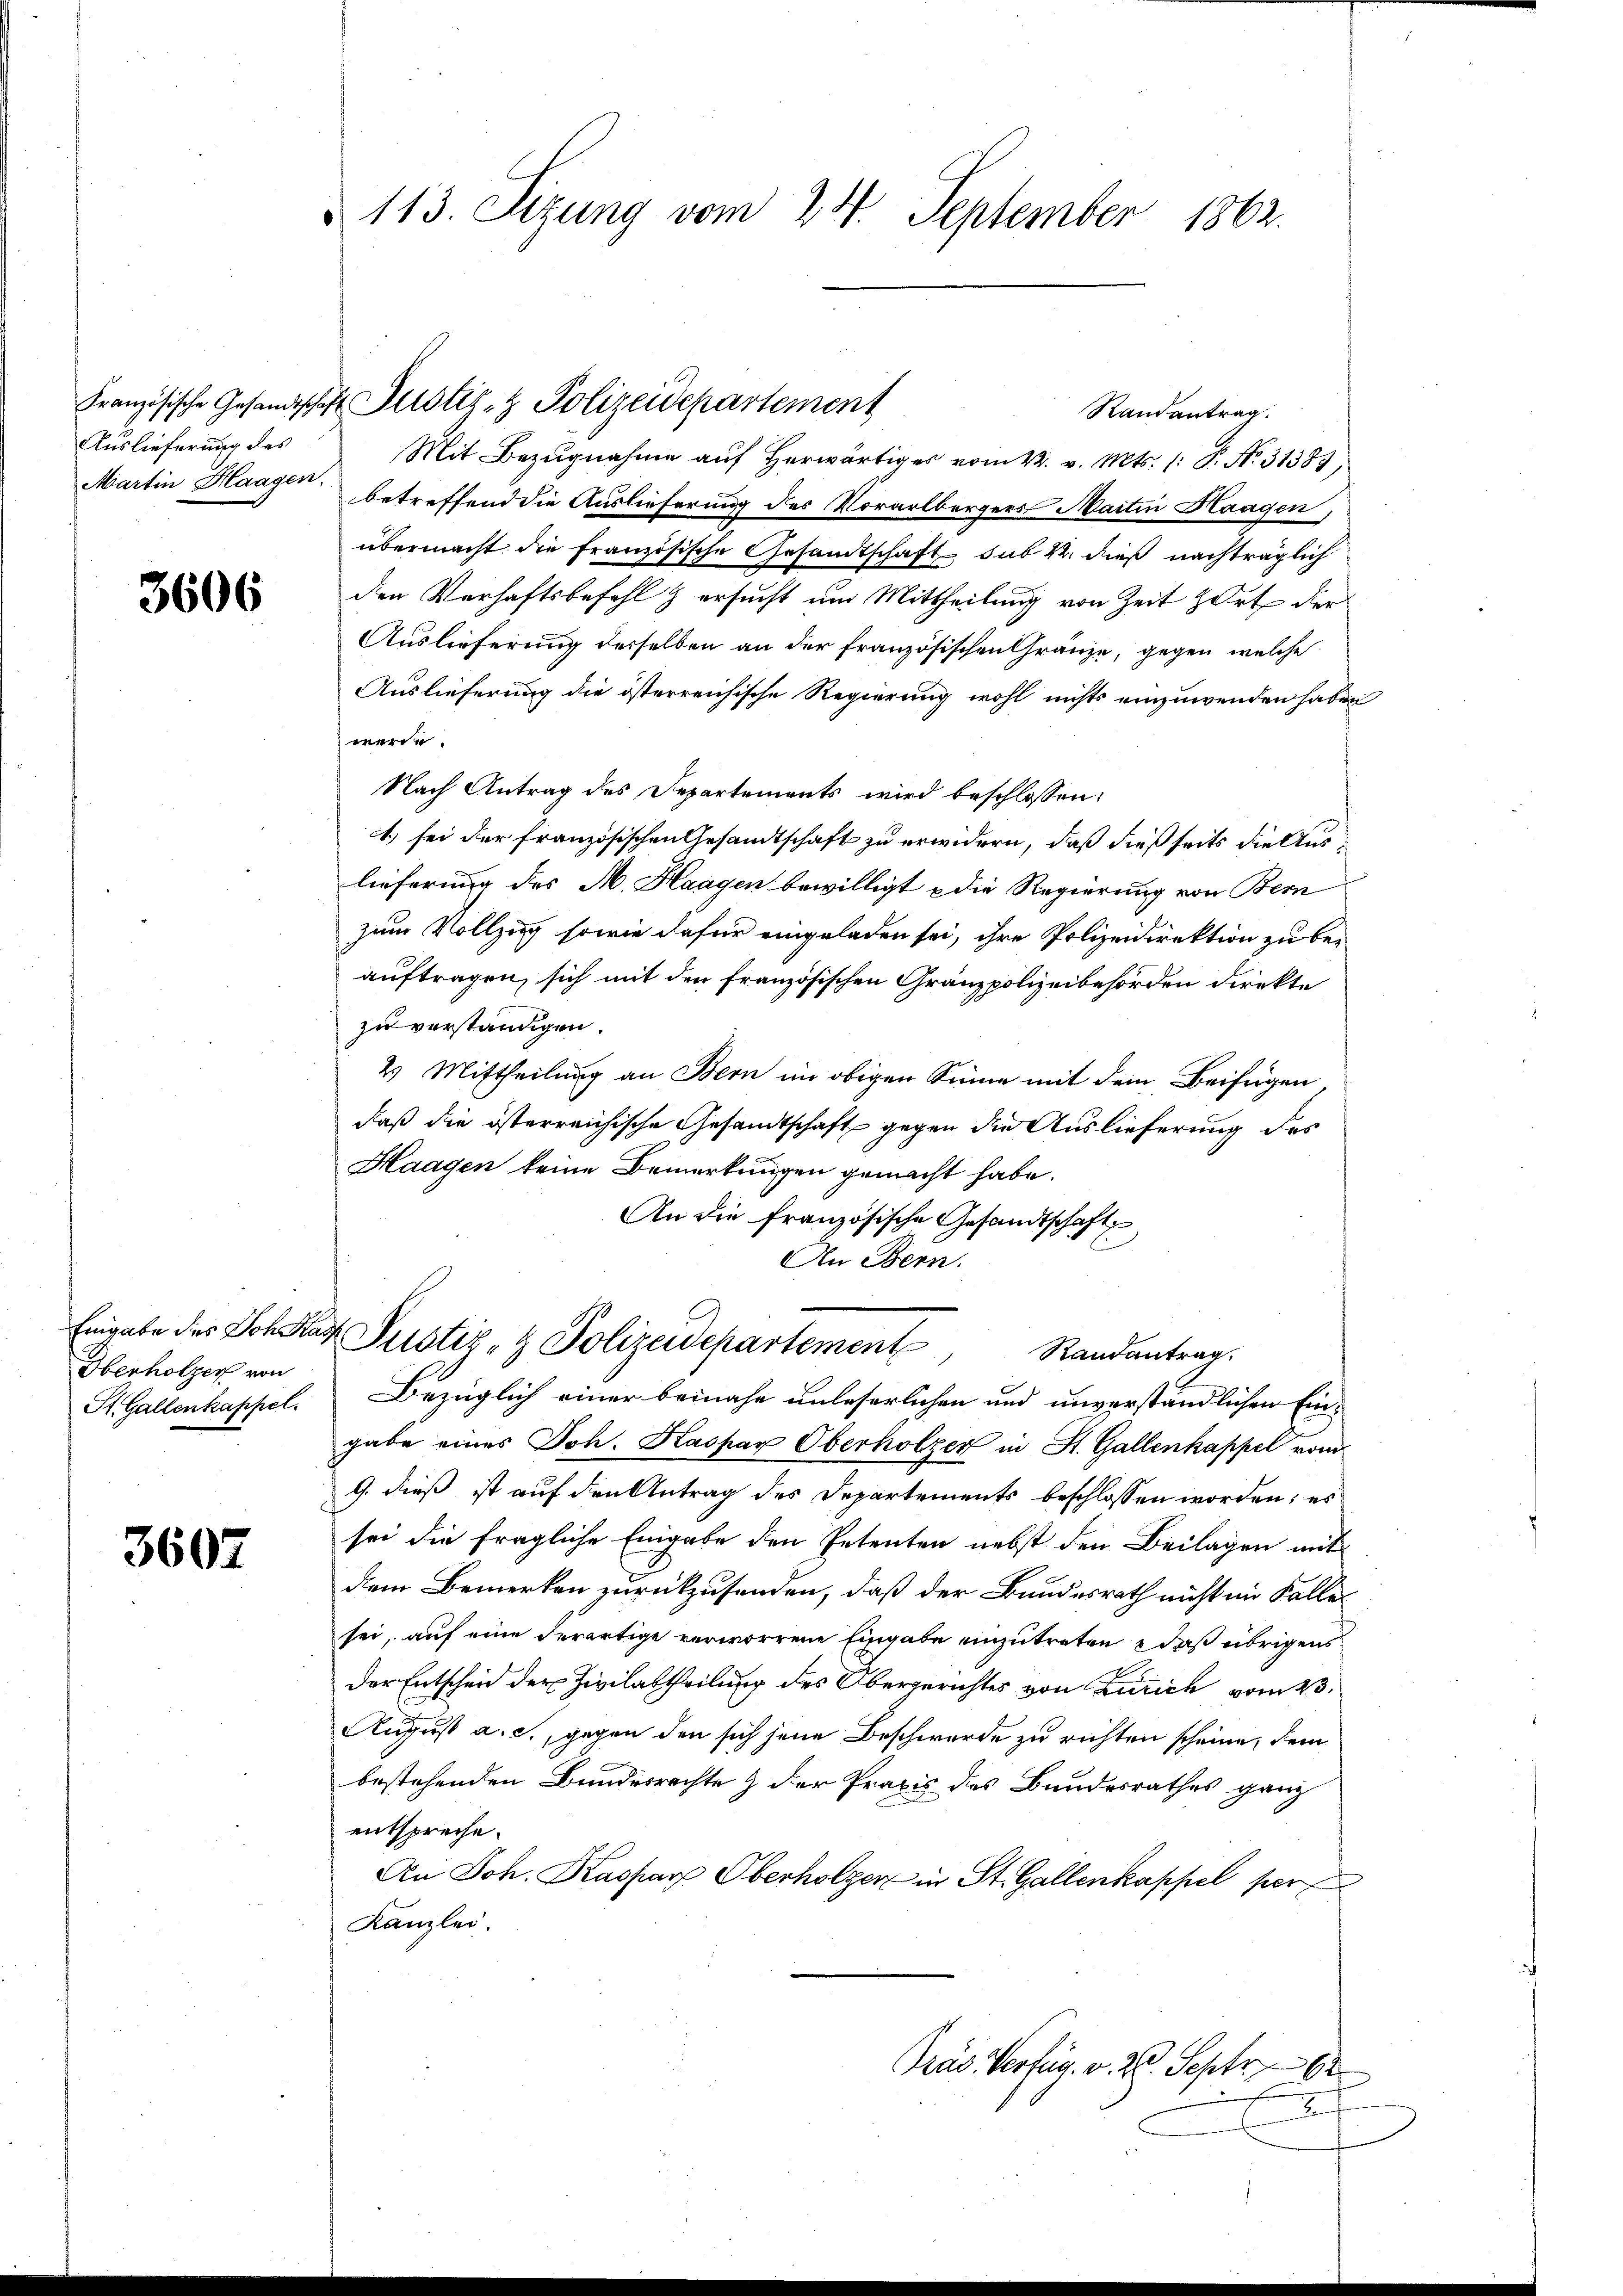
Auslieferung des
Martin Haagen.

3606

Herholzer von
St. Gallenkappel.

3607

113. Sizung vom 24. September 1862.

Mit Bezugnahme aŭf herwärtiges vom 22. v. Mts. (: P. Nr. 31383;
betreffend die Auslieferung des Vorarlbergers Maitin Haagen,
übermacht die französische Gesandtschaft sub 1. dieß nachträglich
den Verhaftsbefehl & ersucht und Mittheilung von Zeit zort der
Auslieferung desselben an der französischen Gränze, gegen welche
Auslieferung die österreichische Regierung wohl nichts einzuwenden haben
werde.
Nach Antrag des Departements wird beschlossen:
1) sei der französischen Gesandtschaft zu erwidern, daß dießseits die Auslieferung des M. Haagen bewilligt & die Regierung von Bern
zum Vollzug sowie dafür eingeladen sei, ihre Polizeidirektion zu beauftragen, sich mit den französischen Granzpolizeibehörden direkte
zu verständigen.
2. Mittheilung an Bern im obigen Sinne mit dem Beifügen
daß die österreichische Gesandtschaft gegen die Auslieferung des
Haagen keine Bemerkungen gemacht habe.
An die französische Gesandtschaft
An Bern.
Eingabe des Joh. Kar Pustiz- & Polizeidepartement
Randantrag.
Bezüglich einer beinahe unleserlichen und unverständlichen Ein-
gabe eines Joh. Kaspar Oberholzer in St. Gallenkappel vom
G. dieß ist auf den Antrag des Departements beschlossen worden; es
sei die fragliche Eingabe den Petenten nebst den Beilagen mit
dem Bemerken zurückzusenden, daß der Bundesrath nicht im Falle
sei, auf eine derartige verworrene Eingabe einzutreten & daß übrigens
der Entscheid der Zivilabtheilung des Obergerichtes von Zürich vom 23.
August a. c., gegen den sich jene Beschwerde zu richten scheine, dem
bestehenden Bundesrechte & der Praxis des Bundesrathes ganz
entspreche.
An Joh. Kaspar Oberholzer in St. Gallenkappel per
Kanzlei.
Gras Verfug. v. 26. Septr.
x

Französische Gesandtschaft Zustiz- & Polizeidepartement

Randantrag